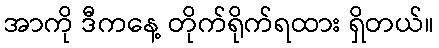
အာကို ဒီကနေ့ တိုက်ရိုက်ရထား ရှိတယ်။